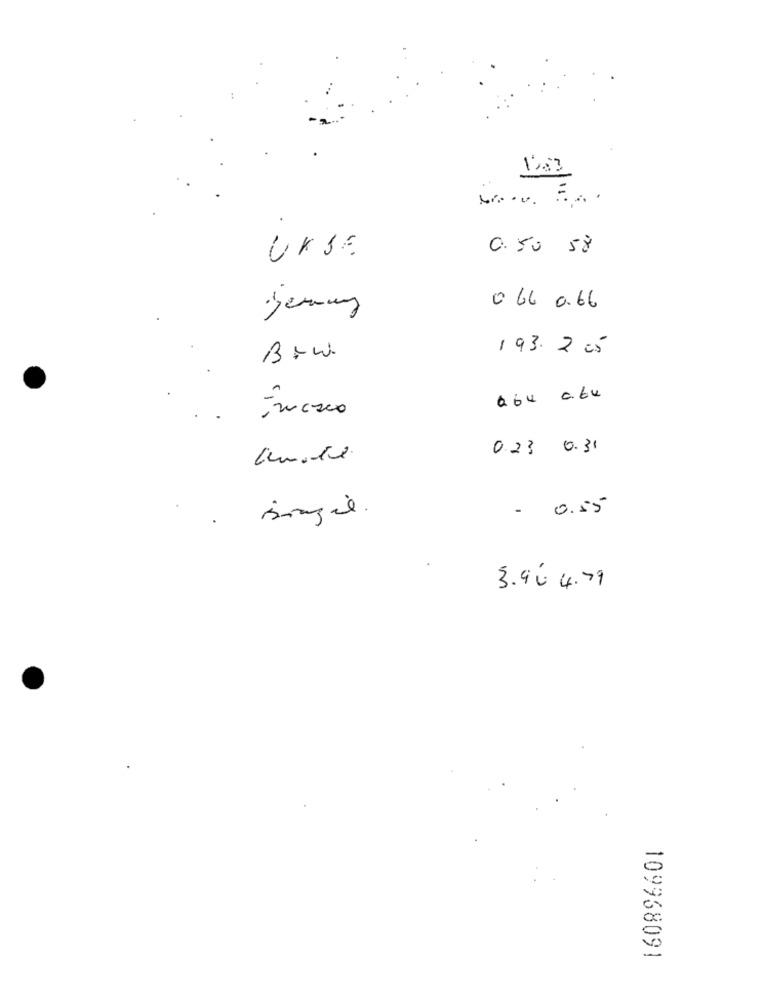
0.50 58
UKSE
0 66 0.66
193. 2 05
Btw.
abu ate
0.23 0.31
- 0.55
3.90 4.79
109968091